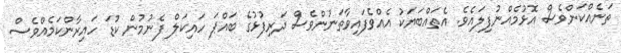
ތަނެއްކަންވެސް އޮޅުމެއްނުފިލައެވެ. އެތައްބަޔަކު އެއްވެފައިވާތަނުންވެސް ދަރިފުޅުގެ ބައްޕަ ހައިކަލް ފެނުމުން ކުޑަ ހައިރާންކަމެއްވެސް